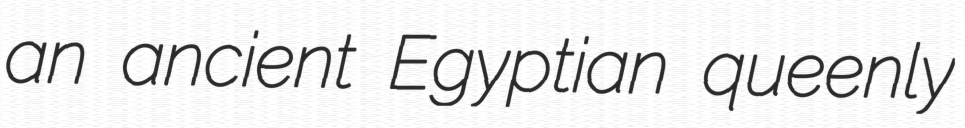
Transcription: an ancient Egyptian queenly